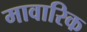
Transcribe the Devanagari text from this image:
मावारिक